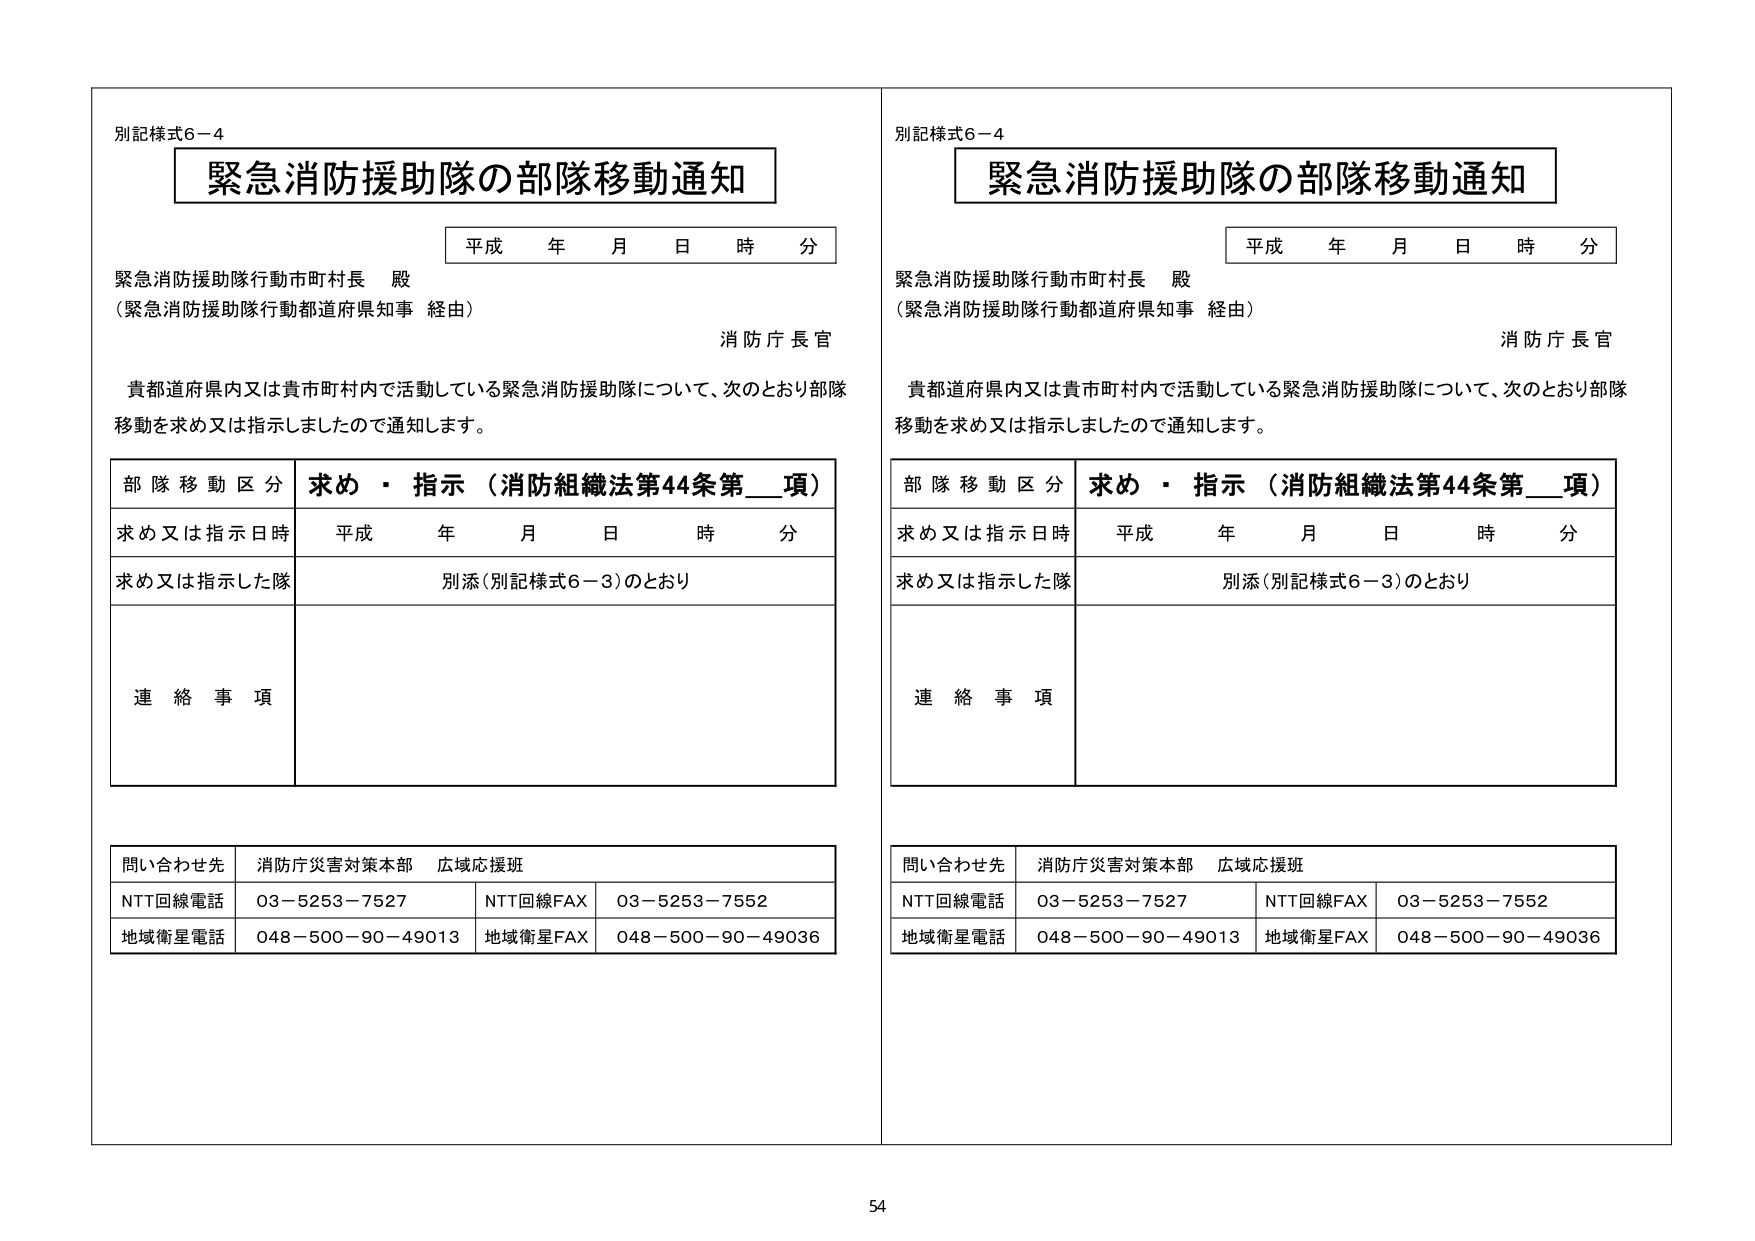
別記様式6－4
緊急消防援助隊の部隊移動通知
平成 年 月 日 時 分
緊急消防援助隊行動市町村長 殿
（緊急消防援助隊行動都道府県知事 経由）
消防庁長官
貴都道府県内又は貴市町村内で活動している緊急消防援助隊について、次のとおり部隊移動を求め又は指示しましたので通知します。

部隊移動区分 求め・指示（消防組織法第44条第__項）
求め又は指示日時 平成 年 月 日 時 分
求め又は指示した隊 別添（別記様式6－3）のとおり
連絡事項

問い合わせ先 消防庁災害対策本部 広域応援班
NTT回線電話 03－5253－7527 NTT回線FAX 03－5253－7552
地域衛星電話 048－500－90－49013 地域衛星FAX 048－500－90－49036

別記様式6－4
緊急消防援助隊の部隊移動通知
平成 年 月 日 時 分
緊急消防援助隊行動市町村長 殿
（緊急消防援助隊行動都道府県知事 経由）
消防庁長官
貴都道府県内又は貴市町村内で活動している緊急消防援助隊について、次のとおり部隊移動を求め又は指示しましたので通知します。

部隊移動区分 求め・指示（消防組織法第44条第__項）
求め又は指示日時 平成 年 月 日 時 分
求め又は指示した隊 別添（別記様式6－3）のとおり
連絡事項

問い合わせ先 消防庁災害対策本部 広域応援班
NTT回線電話 03－5253－7527 NTT回線FAX 03－5253－7552
地域衛星電話 048－500－90－49013 地域衛星FAX 048－500－90－49036

54